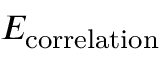
E _ { \mathrm { c o r r e l a t i o n } }